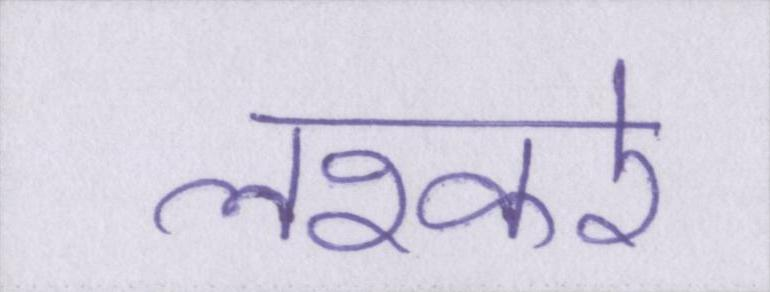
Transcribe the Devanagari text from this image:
लश्करे